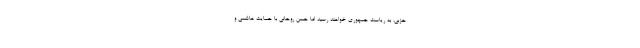
حزبی، به ریاست جمهوری خواهند رسید اما حسن روحانی با حمایت هاشمی و